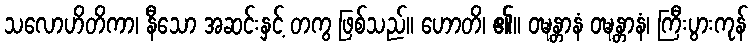
သလောဟိတိကာ၊ နီသော အဆင်းနှင့် တကွ ဖြစ်သည်။ ဟောတိ၊ ၏။ ဝဍ္ဎန္တာနံ ဝဍ္ဎန္တာနံ၊ ကြီးပွားကုန်